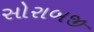
સોરાબજી